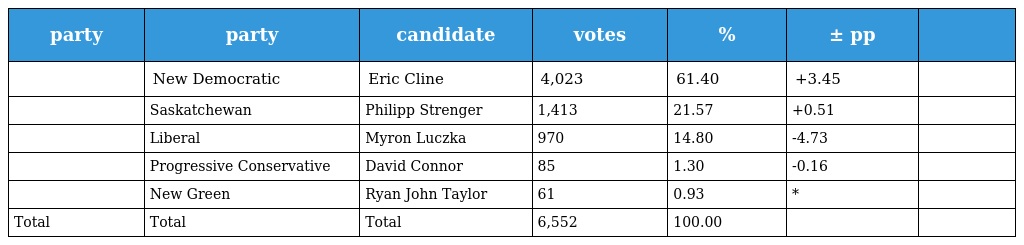
| party | party | candidate | votes | % | ± pp |  |
 | --- | --- | --- | --- | --- | --- | --- |
 |  | New Democratic | Eric Cline | 4,023 | 61.40 | +3.45 |  |
 |  | Saskatchewan | Philipp Strenger | 1,413 | 21.57 | +0.51 |  |
 |  | Liberal | Myron Luczka | 970 | 14.80 | -4.73 |  |
 |  | Progressive Conservative | David Connor | 85 | 1.30 | -0.16 |  |
 |  | New Green | Ryan John Taylor | 61 | 0.93 | * |  |
 | Total | Total | Total | 6,552 | 100.00 |  |  |